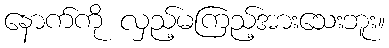
နောက်ကို လှည့်မကြည့်အားသေးဘူး။